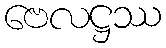
ဗေလဋ္ဌဿ